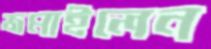
জমাইলেন